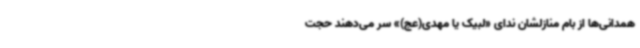
همدانی‌ها از بام منازلشان ندای «لبیک یا مهدی(عج)» سر می‌دهند حجت